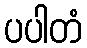
ပပါတံ